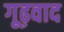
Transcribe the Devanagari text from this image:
गूढ़वाद